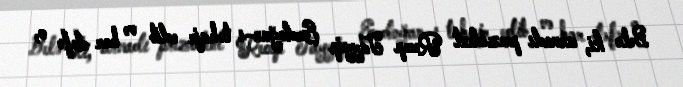
Belə ki, arvadı prezident Recep Tayyip Erdoğan-ı təhqir edib və hər dəfə o,